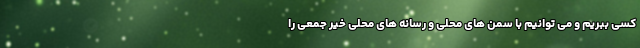
کسی ببریم و می توانیم با سمن های محلی و رسانه های محلی خیر جمعی را